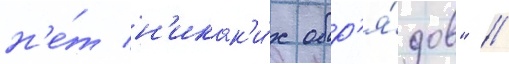
н'е́т н'икак'и́х обр'я́дов" //